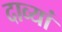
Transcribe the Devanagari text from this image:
दाव्यां